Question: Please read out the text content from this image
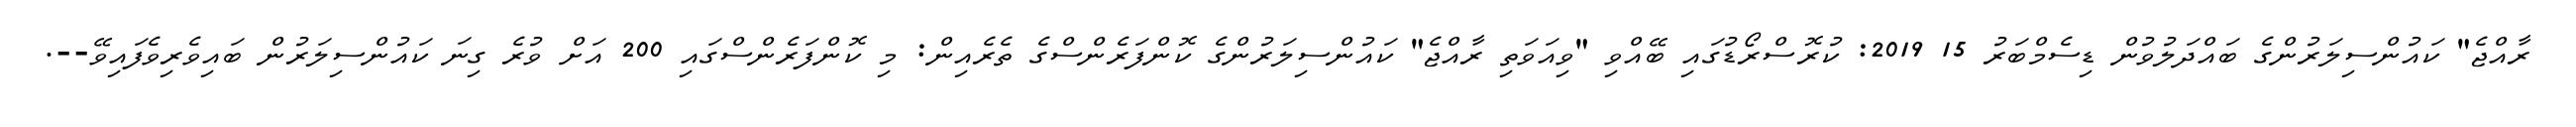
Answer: ރާއްޖެ" ކައުންސިލަރުންގެ ބައްދަލުވުން ޑިސެމްބަރު 15 2019: ކުރޮސްރޯޑުގައި ބޭއްވި "ވިއަވަތި ރާއްޖެ" ކައުންސިލަރުންގެ ކޮންފަރެންސްގެ ތެރެއިން: މި ކޮންފަރެންސްގައި 200 އަށް ވުރެ ގިނަ ކައުންސިލަރުން ބައިވެރިވެފައިވޭ--.